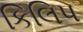
કિલિપ